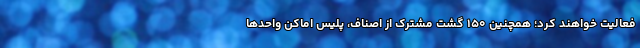
فعالیت خواهند کرد؛ همچنین ۱۵۰ گشت مشترک از اصناف، پلیس اماکن واحدها